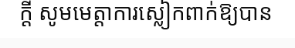
ក្តី សូមមេត្តាការស្លៀកពាក់ឱ្យបាន